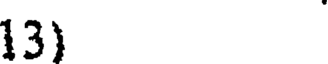
13)